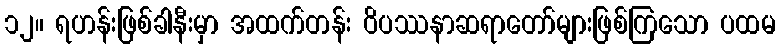
၁၂။ ရဟန်းဖြစ်ခါနီးမှာ အထက်တန်း ဝိပဿနာဆရာတော်များဖြစ်ကြသော ပထမ